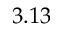
3 . 1 3